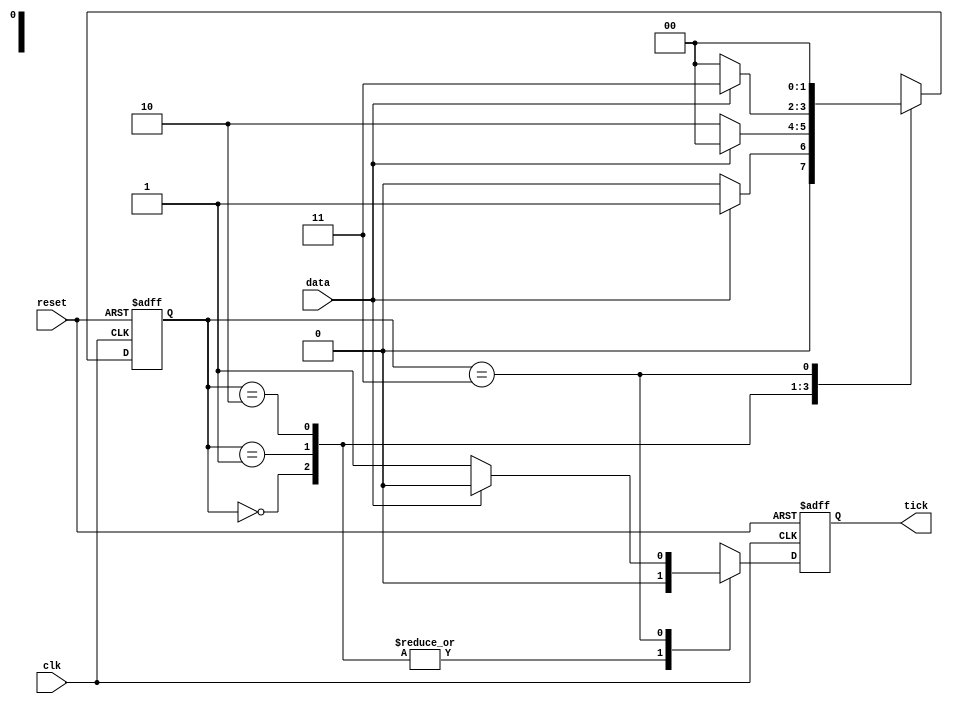
`timescale 1ns/1ps
module moore (
    input clk,
    input reset,
    input data,
    output reg tick
);

    // FSM States
    parameter S0 = 2'b00; // Durum 0
    parameter S1 = 2'b01; // Durum 1
    parameter S2 = 2'b10; // Durum 2
    parameter S3 = 2'b11; // Durum 3
    
    // Current state reg
    reg [1:0] state;

    always @(posedge clk or posedge reset) begin
        if (reset) begin
            state <= S0;
            tick <= 0;
        end else begin
            case (state)
                S0: begin
                    if (data) begin
                        state <= S1;
                        tick <= 0;
                    end else begin
                        state <= S0;
                        tick <= 0;
                    end
                end
                S1: begin
                    if (!data) begin
                        state <= S2;
                        tick <= 0;
                    end else begin
                        state <= S0;
                        tick <= 0;
                    end
                end
                S2: begin
                    if (data) begin
                        state <= S3;
                        tick <= 0;
                    end else begin
                        state <= S0;
                        tick <= 0;
                    end
                end
                S3: begin
                    if (!data) begin
                        state <= S0;
                        tick <= 1; 
                    end else begin
                        state <= S0;
                        tick <= 0;
                    end
                end
                default: begin
                    state <= S0;
                    tick <= 0;
                end
            endcase
        end
    end
endmodule